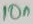
Text: 10n